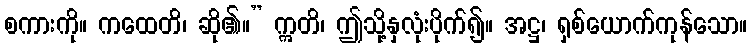
စကားကို။ ကထေတိ၊ ဆို၏။” ဣတိ၊ ဤသို့နှလုံးပိုက်၍။ အဋ္ဌ၊ ရှစ်ယောက်ကုန်သော။